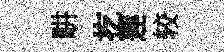
畊扢莲较